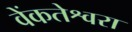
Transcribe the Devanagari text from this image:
वेंकतेश्वरा